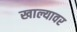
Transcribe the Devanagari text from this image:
खाल्यावर